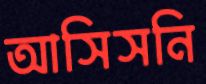
আসিসনি